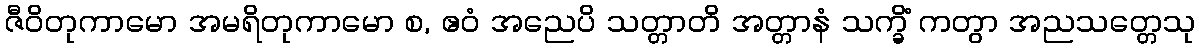
ဇီဝိတုကာမော အမရိတုကာမော စ, ဧဝံ အညေပိ သတ္တာတိ အတ္တာနံ သက္ခိံ ကတွာ အညသတ္တေသု